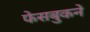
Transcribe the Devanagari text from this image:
फेसबुकने